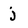
Character: j